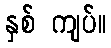
နှစ် ကျပ်။